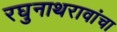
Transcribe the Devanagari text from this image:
रघुनाथरावांचा